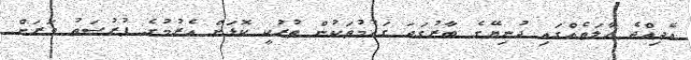
އެދިއްޖެ ހާލަތެއްގައި ދުނިޔޭގެ ބާރުގަދަ ގައުމުތަކުން ތުރުކީ ކޮޅަށް އެރުމުގެ ފުރުސަތު ވަރަށް